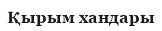
Қырым хандары